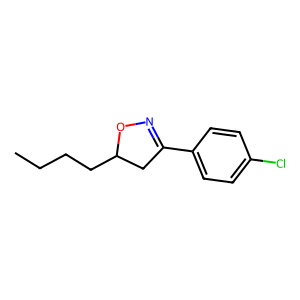
SMILES: CCCCC1CC(c2ccc(Cl)cc2)=NO1
Inhibits HIV replication: No